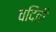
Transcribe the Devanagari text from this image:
वंदिती